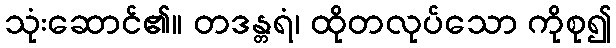
သုံးဆောင်၏။ တဒန္တရံ၊ ထိုတလုပ်သော ကိုစု၍